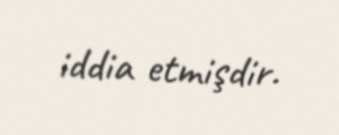
iddia etmişdir.